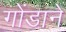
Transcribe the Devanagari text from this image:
गोंडाने